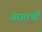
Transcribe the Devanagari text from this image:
आज्ञार्थी